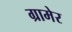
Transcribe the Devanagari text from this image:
ग्रामेर